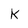
Character: k